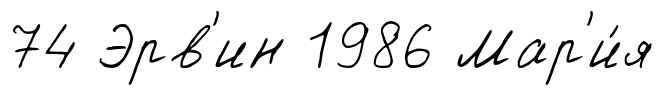
74 Эрв'ин 1986 Мар'и́я